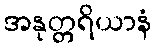
အနုတ္တရိယာနံ